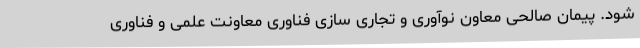
شود. پیمان صالحی معاون نوآوری و تجاری سازی فناوری معاونت علمی و فناوری